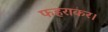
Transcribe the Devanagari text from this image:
फहराकर।